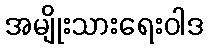
အမျိုးသားရေးဝါဒ